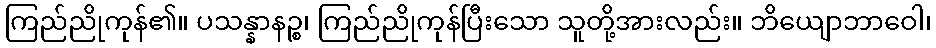
ကြည်ညိုကုန်၏။ ပသန္နာနဉ္စ၊ ကြည်ညိုကုန်ပြီးသော သူတို့အားလည်း။ ဘိယျောဘာဝေါ၊